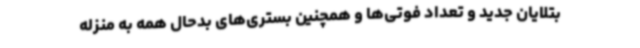
بتلایان جدید و تعداد فوتی‌ها و همچنین بستری‌های بدحال همه به منزله